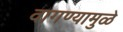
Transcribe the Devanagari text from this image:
वागण्यामुळे